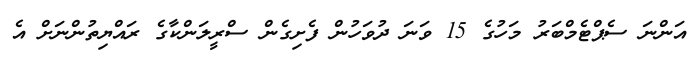
އަންނަ ސެޕްޓެމްބަރު މަހުގެ 15 ވަނަ ދުވަހުން ފެށިގެން ސްރީލަންކާގެ ރައްޔިތުންނަށް އެ